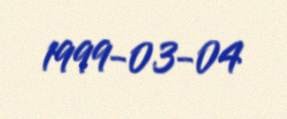
1999-03-04